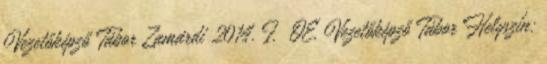
Vezetőképző Tábor Zamárdi 2014. I. ÓE, Vezetőképző Tábor Helyszín: